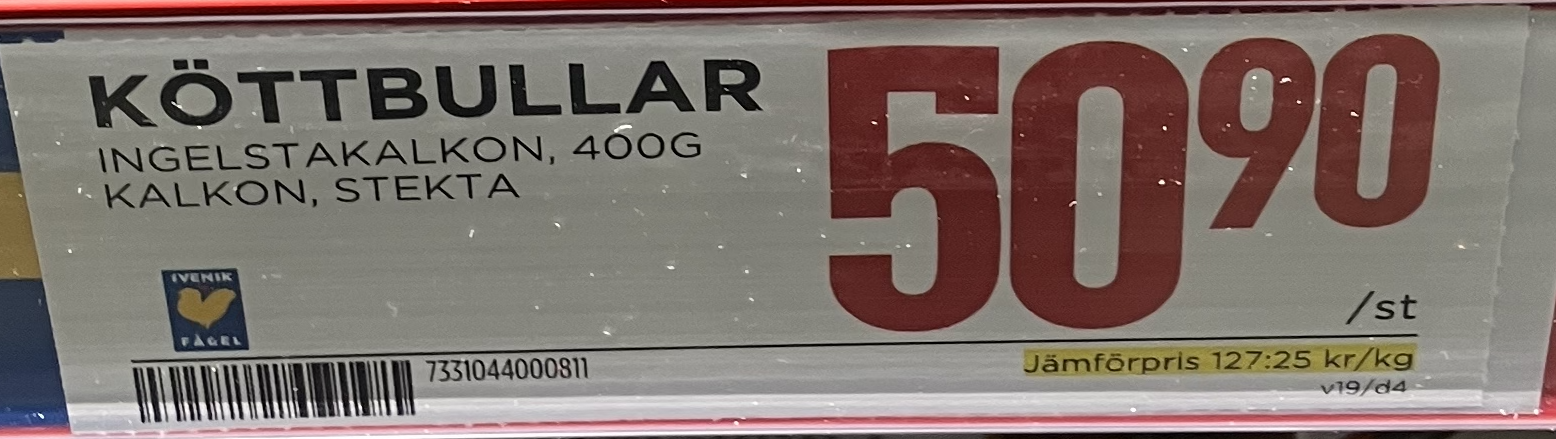
Vara: Köttbullar
Genomsnittspris: 127.25 per kg